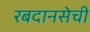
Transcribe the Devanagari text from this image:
रबदानसेची